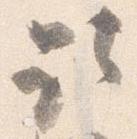
取